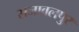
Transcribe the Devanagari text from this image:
सजावलपुर